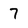
Character: 7